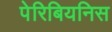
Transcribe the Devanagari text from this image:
पेरिबियनिस